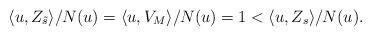
\begin{align*}\langle u , Z_{\tilde{s}} \rangle/N(u) = \langle u , V_M \rangle / N(u) = 1 < \langle u , Z_{s} \rangle / N(u).\end{align*}